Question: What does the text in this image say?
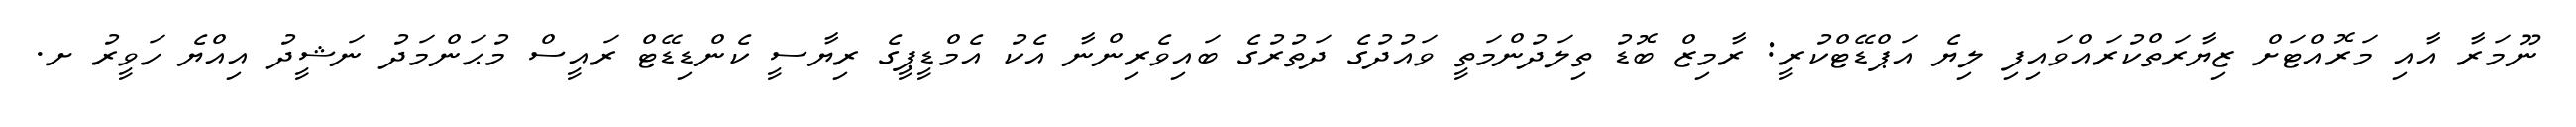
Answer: ނޫމަރާ އާއި މަރޮއްޓަށް ޒިޔާރަތްކުރައްވައިފި ލިޔެ އަޕްޑޭޓްކުރީ: ރާމިޒް ބޮޑު ތިލަދުންމަތީ ވައުދުގެ ދަތުރުގެ ބައިވެރިންނާ އެކު އެމްޑީޕީގެ ރިޔާސީ ކެންޑިޑޭޓް ރައީސް މުޙަންމަދު ނަޝީދު އިއްޔެ ހަވީރު ށ.